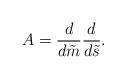
LaTeX: \begin{align*}A = \frac{d}{d\tilde{m}}\frac{d}{d\tilde{s}}. \end{align*}